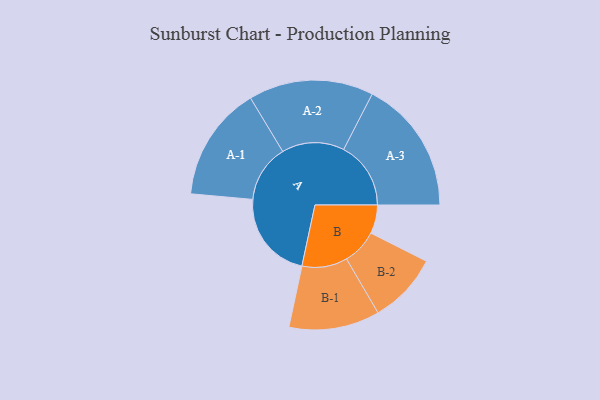
{"axis": {"x": "Segment", "y": "Value"}, "legend": ["", "A", "B"], "data": [{"x": "A", "y": 323, "type": ""}, {"x": "B", "y": 104, "type": ""}, {"x": "A-1", "y": 209, "type": "A"}, {"x": "A-2", "y": 227, "type": "A"}, {"x": "A-3", "y": 244, "type": "A"}, {"x": "B-1", "y": 165, "type": "B"}, {"x": "B-2", "y": 128, "type": "B"}]}